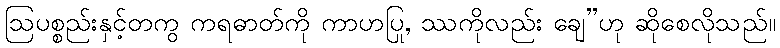
ဩပစ္စည်းနှင့်တကွ ကရဓာတ်ကို ကာဟပြု, ဿကိုလည်း ချေ”ဟု ဆိုစေလိုသည်။